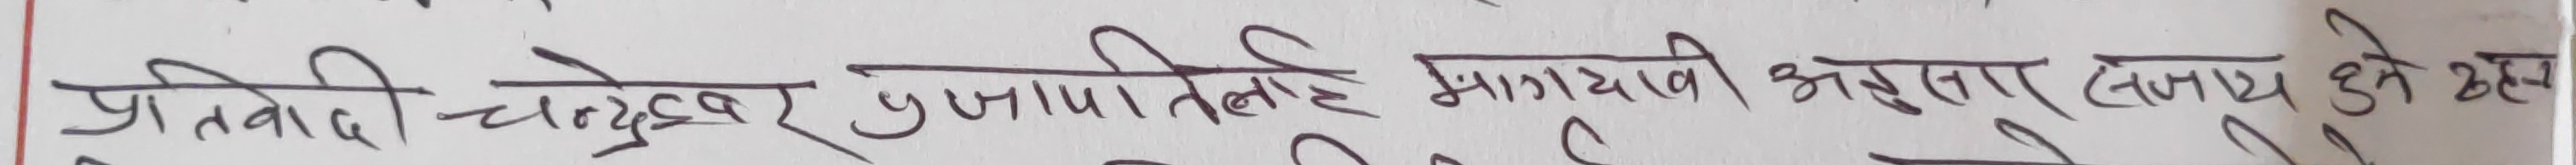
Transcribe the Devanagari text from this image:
प्रतिवादी चन्द्रेश्वर प्रजापतिलाई भाग्यावी अनुसार सहाय हुनु छन्